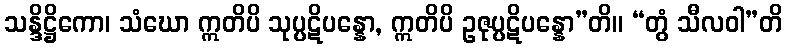
သန္ဒိဋ္ဌိကော၊ သံဃော ဣတိပိ သုပ္ပဋိပန္နော, ဣတိပိ ဥဇုပ္ပဋိပန္နော”တိ။ “တွံ သီလဝါ”တိ